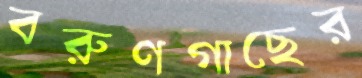
বরুণগাছের